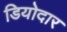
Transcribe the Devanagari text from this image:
डियोदार